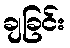
ချခြင်း